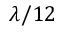
\lambda / 1 2